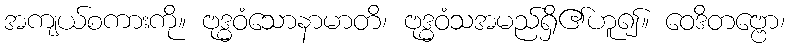
အကျယ်စကားကို။ ဗုဒ္ဓဝံသောနာမာတိ၊ ဗုဒ္ဓဝံသအမည်ရှိ၏ဟူ၍။ ဝေဒိတဗ္ဗော၊